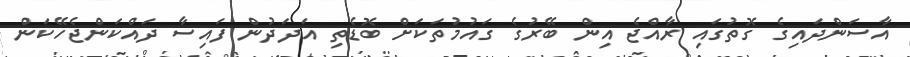
އާސަންދައިގެ ގޮތުގައި ރާއްޖެ އިން ބޭރުގެ ގައުމުތަކަށް ބޮޑެތި އަދަދުން ފައިސާ ދައްކަންޖެހޭކަން